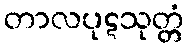
တာလပုဋသုတ္တံ